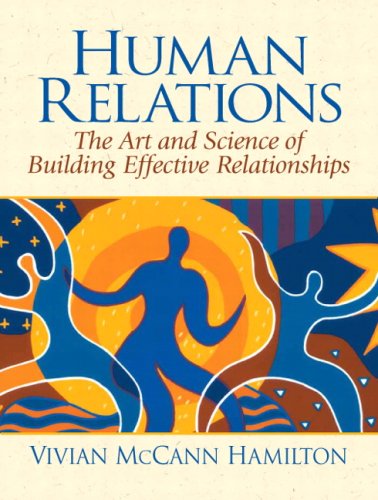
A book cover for Human Relations: The Art and Science of Building Effective Relationships; Vivian McCann Hamilton; Health, Fitness & Dieting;